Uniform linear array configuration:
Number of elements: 8
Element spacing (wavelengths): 0.75
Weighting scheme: cosine
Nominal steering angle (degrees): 60
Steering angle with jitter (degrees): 61.274
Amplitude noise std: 0.05
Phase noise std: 0.05

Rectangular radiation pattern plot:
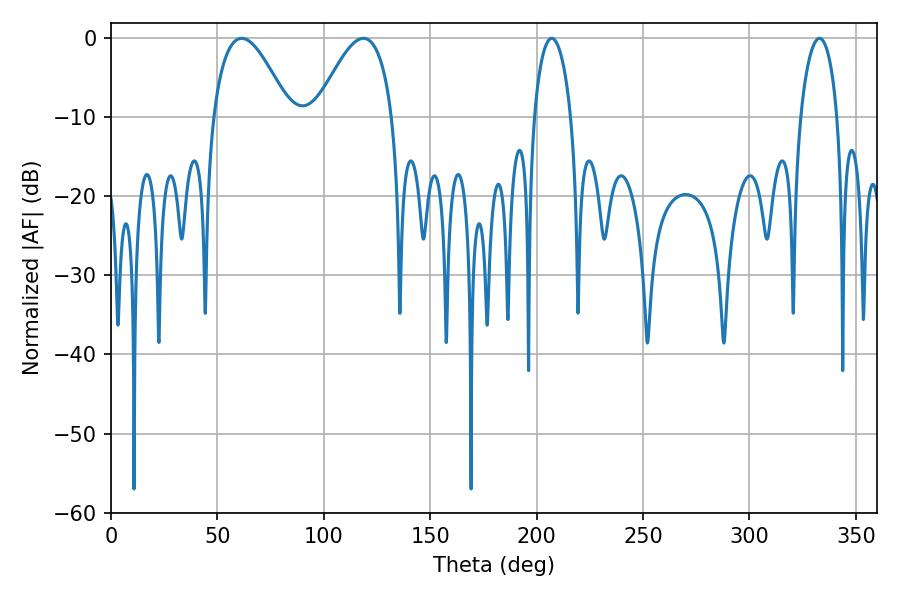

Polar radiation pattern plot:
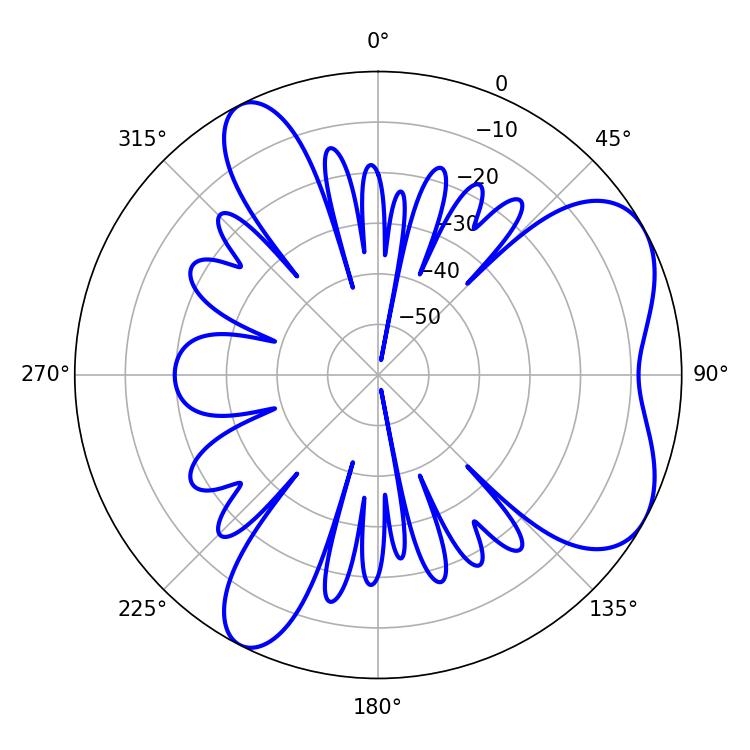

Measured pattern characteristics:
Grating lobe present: TRUE
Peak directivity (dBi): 5.987
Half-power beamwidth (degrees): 19.44
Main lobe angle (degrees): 61.38